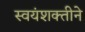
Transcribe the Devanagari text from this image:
स्वयंशक्तीने